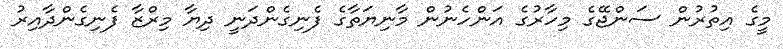
މީގެ އިތުރުން ސަންޖޭގެ މިހާރުގެ އަންހެނުން މާނިޔަތާގެ ފެނިގެންދަނީ ދިޔާ މިރްޒާ ފެނިގެންދާއިރު